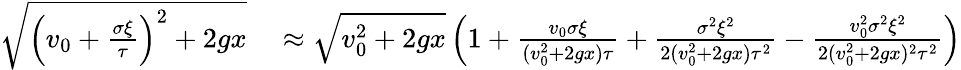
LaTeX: \begin{array}{rl}{\sqrt{\left(v_{0}+\frac{\sigma\xi}{\tau}\right)^{2}+2gx}}&{{}\approx\sqrt{v_{0}^{2}+2gx}\left(1+\frac{v_{0}\sigma\xi}{(v_{0}^{2}+2gx)\tau}+\frac{\sigma^{2}\xi^{2}}{2(v_{0}^{2}+2gx)\tau^{2}}-\frac{v_{0}^{2}\sigma^{2}\xi^{2}}{2(v_{0}^{2}+2gx)^{2}\tau^{2}}\right)}\end{array}